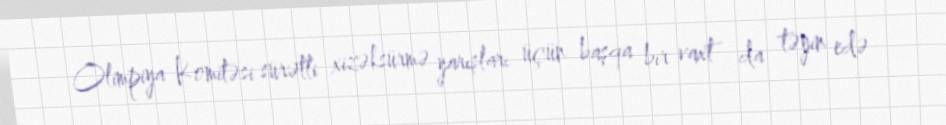
Olimpiya Komitəsi sürətli xizəksürmə yarışları üçün başqa bir vaxt da təyin edə